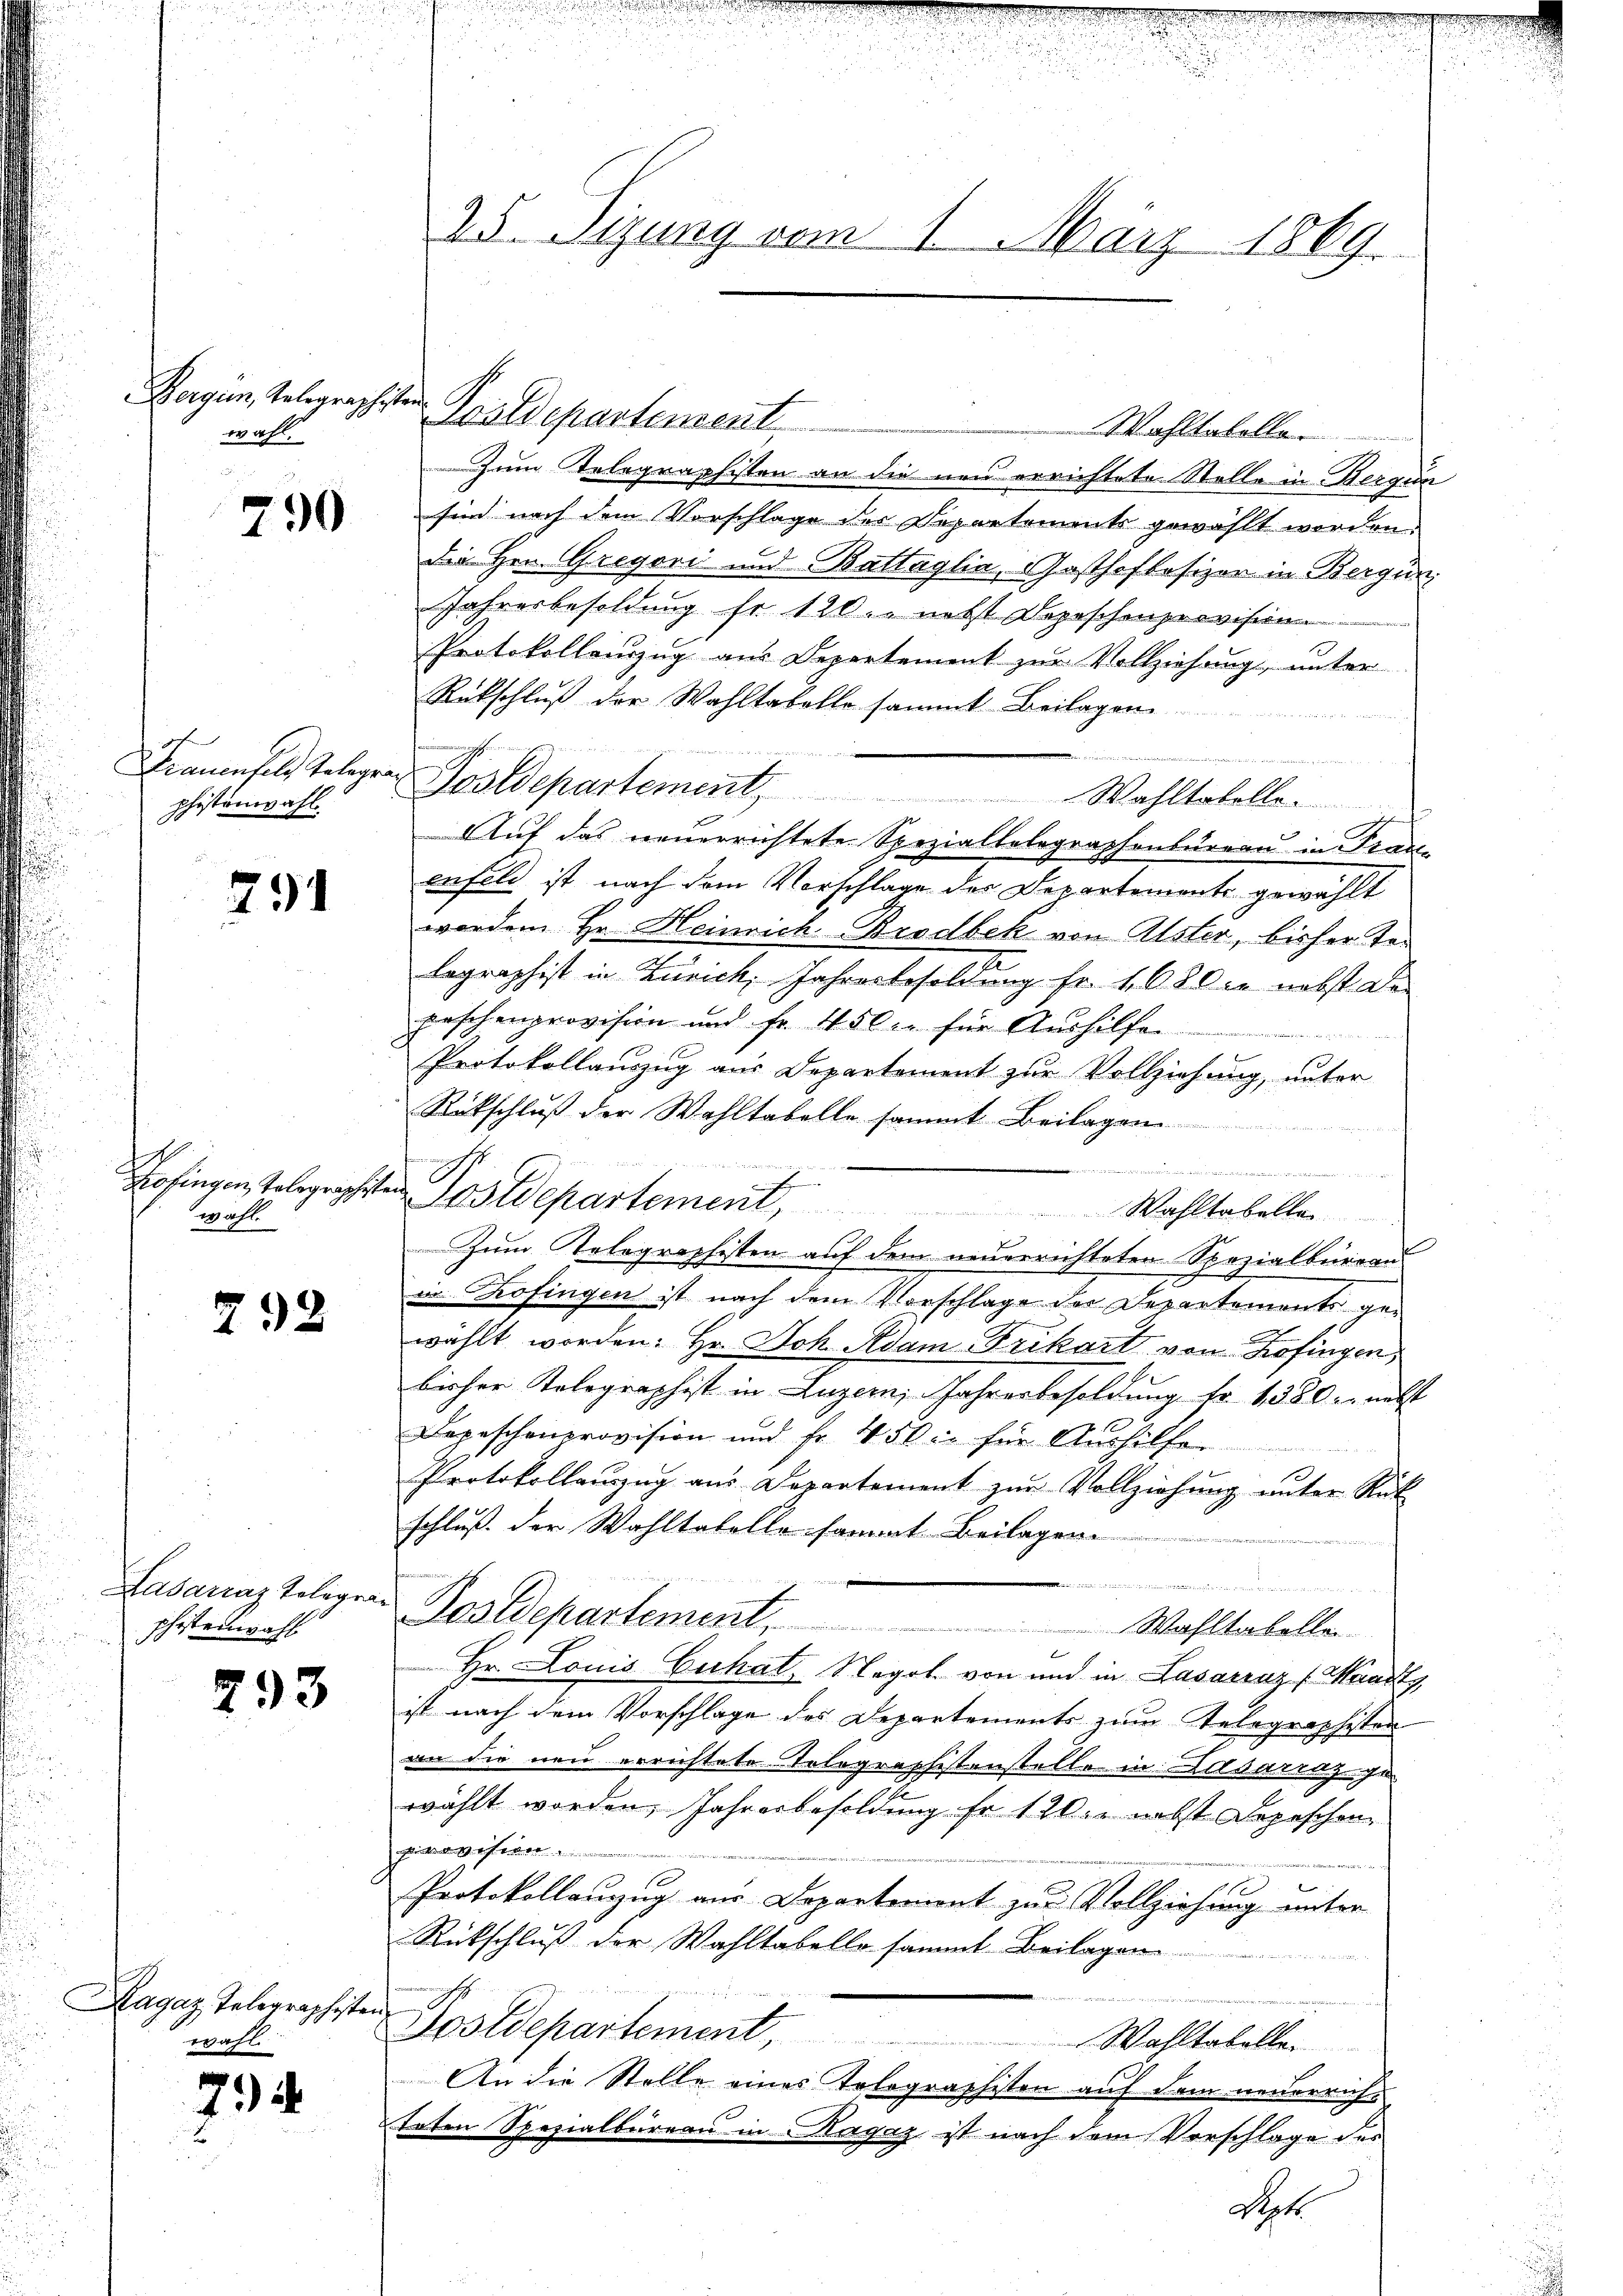
Bergün, Telegraphisten.
wahl.

790

h
phistenwahl.

791

1
wahl

298

Ehestenwahl

293

Kagaz Telegraphisten
wahl.

74

25. Sizung vom 1. März 1869.

Postdepartement

Wohltabellar
Zum Telegraphisten an die neu errichtete Stelle in Berg un
sind nach dem Vorschlage der Departemente gewählt worden.
Die Hrn. Gregori und Battaglia, Gasthofbesizer in Bergün,
Jahresbesoldung fr. 120. nebst Depeschenprovision.
Protokollenzug aus Departement zur Vollziehung unter
Rückschluß der Wahltabelle sammt Beilagen
dinirten
Frauenfels Telegen Postdepartement,
Wahltabelle
t
Auf das neuerrichtete Speziallelegraphenbureau in Traue
enfeld ist nach dem Vorschlage des Departemente gewählt
worden Hr. Heinrich Brodbek von Alster, bisher tei
lographist in Zürich, Jahresbesoldung Fr. 1680 ce nebst de
peschenprovision und fr. 450. für Aushilfe
Protokollauszug aus Departement zur Vollziehung, unter
Rütschluß der Wahltabelle sammt Beilagen
e

Kofingen, Tolographiten Postdepartement, Wahltabelle
Zum Telegraphisten auf dem neuerrichteten Spezialberer
in Kofingen ist nach dem Vorschlage der Departements gewählt worden: Hr. Joh Adam Frikart von Kofingen,
bisher Kolegraphist in Luzern, Jahresbesoldung fr. 1380. nebst
Depeschenprovision und fr. 450 in für Aushilfer
Protokollaŭzŭg aŭs Departement zŭr Vollziehŭng ŭnter Rük
schluß der Wahltabelle sammt Beilagen
n
Lasareazteliger Postdepartement, Wahltabellen
Hr. Louis Cuhat, Negot von und in Lasareaz (Waadt,
ist nach dem Vorschlage des Departements zum Telegraphisten
an die neu errichtete Telegraphistenstelle in Ausarraz-Je
wählt worden, Jahresbesoldung fr 120. nebst Depeschen
ewehrer
t
Protokollauzug aus Departerient zur Vollziehung unter
Rückschluß der Wahltabello sammt Beilagen

Postdepartement,
Wahltabelle.
An die Stelle eines Tolographisten auf dem neuerrichtoten Spezialbüreau in Ragaz ist nach dem Vorschlage des
Septe